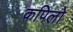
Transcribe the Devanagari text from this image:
कपिलो